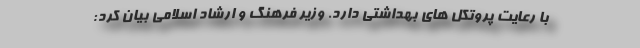
با رعایت پروتکل های بهداشتی دارد. وزیر فرهنگ و ارشاد اسلامی بیان کرد: